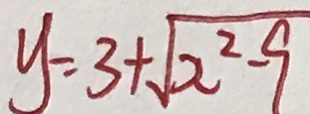
y = 3 + \sqrt { x ^ { 2 } - 9 }